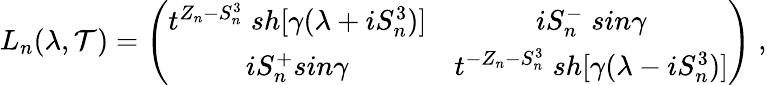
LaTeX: L_{n}(\lambda,\mathcal{T})=\left(\begin{array}{cc}{{t^{Z_{n}-S_{n}^{3}}\; sh[\gamma(\lambda+iS_{n}^{3})]}}&{{iS_{n}^{-}\; sin\gamma}}\\ {{iS_{n}^{+}sin\gamma}}&{{t^{-Z_{n}-S_{n}^{3}}\; sh[\gamma(\lambda-iS_{n}^{3})]}}\end{array}\right)\; ,